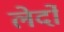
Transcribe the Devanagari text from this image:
लेर्दो